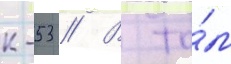
к-53 // В то́м